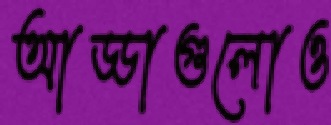
আড্ডাগুলোও